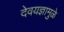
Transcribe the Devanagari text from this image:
देवयज्ञामुळे